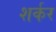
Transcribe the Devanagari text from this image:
शर्कर